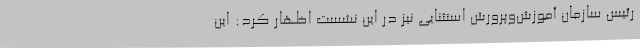
رئیس سازمان آموزش‌وپرورش استثنایی نیز در این نشست اظهار کرد: این